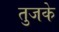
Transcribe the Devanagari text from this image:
तुजके